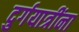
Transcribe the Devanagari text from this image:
दुर्गयात्रींना